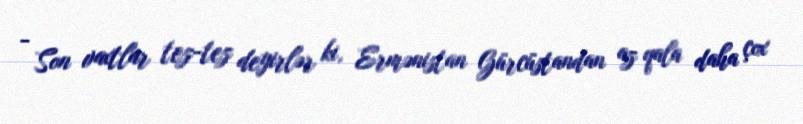
- Son vaxtlar tez-tez deyirlər ki, Ermənistan Gürcüstandan az qala daha çox